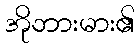
အိုဘားမား၏